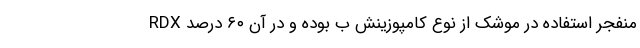
منفجر استفاده در موشک از نوع کامپوزینش ب بوده و در آن ۶۰ درصد RDX